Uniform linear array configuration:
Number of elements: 12
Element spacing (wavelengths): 0.25
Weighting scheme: exponential
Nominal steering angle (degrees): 15
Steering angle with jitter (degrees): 14.588
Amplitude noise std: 0.05
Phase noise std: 0.05

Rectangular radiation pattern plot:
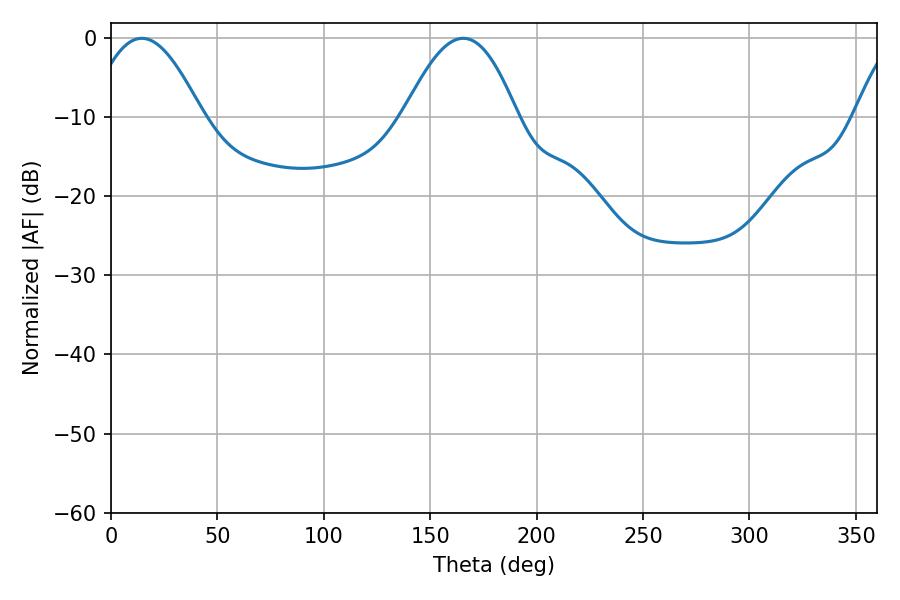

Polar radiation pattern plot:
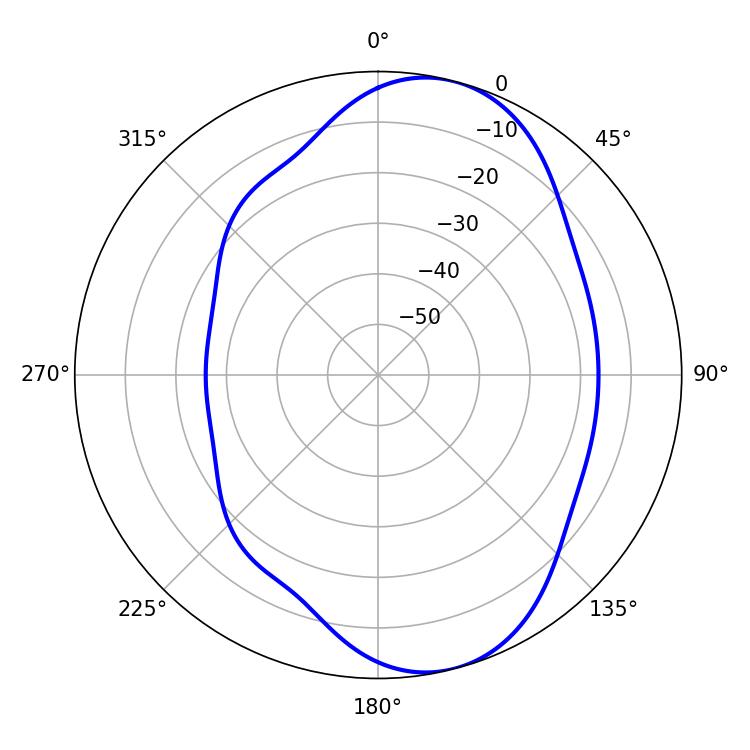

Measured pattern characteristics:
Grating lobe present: FALSE
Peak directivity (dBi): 8.147
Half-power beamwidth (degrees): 28.8
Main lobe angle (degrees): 14.4